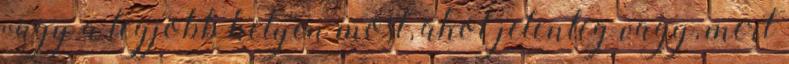
vagy a legjobb helyen most, ahol jelenleg vagy, mert